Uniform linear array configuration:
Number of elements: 64
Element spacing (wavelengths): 0.5
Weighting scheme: binomial
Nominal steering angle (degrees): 0
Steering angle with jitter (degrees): -0.8949
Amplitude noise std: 0.05
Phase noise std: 0.05

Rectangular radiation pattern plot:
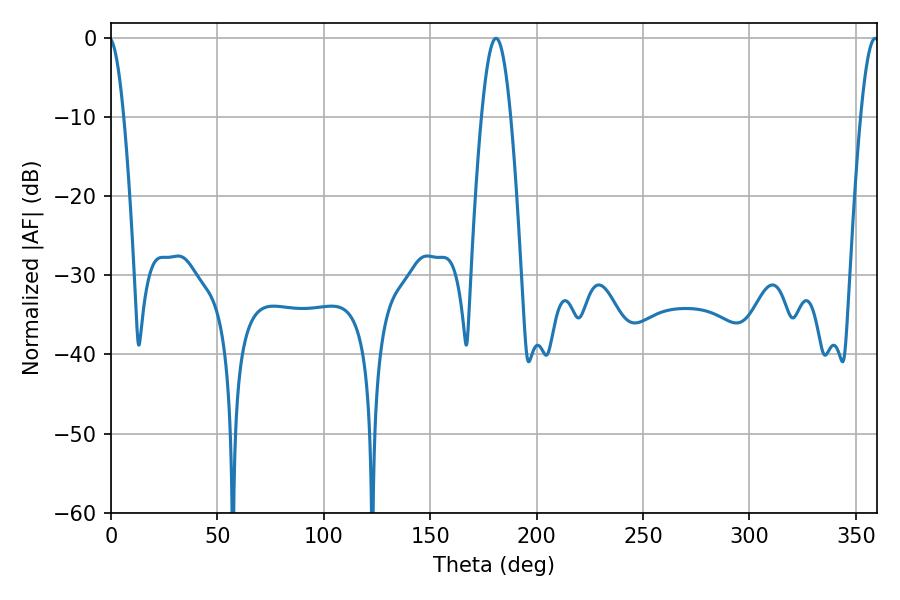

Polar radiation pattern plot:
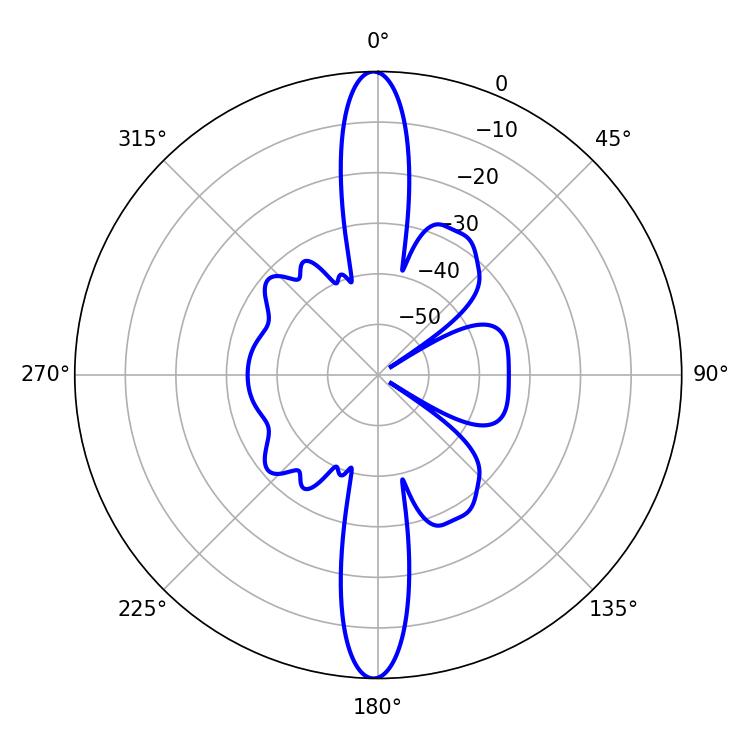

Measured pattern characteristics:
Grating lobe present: FALSE
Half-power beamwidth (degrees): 7.38
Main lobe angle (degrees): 180.9